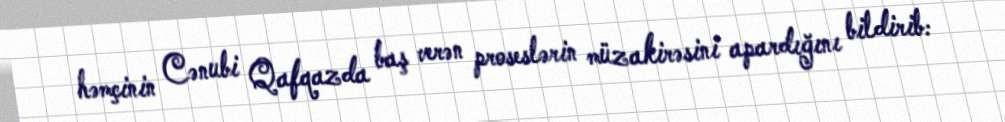
həmçinin Cənubi Qafqazda baş verən proseslərin müzakirəsini apardığını bildirib: